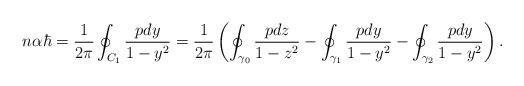
LaTeX: \begin{align*}n \alpha \hbar = \frac{1}{2 \pi}\oint_{ C_1} \frac {p dy} {1-y^2} = \frac {1}{2\pi}\left( \oint_{\gamma_0} \frac{p dz}{1-z^2} - \oint_{\gamma_1} \frac{p dy}{1-y^2} - \oint_{\gamma_2} \frac{p dy}{1-y^2} \right). \end{align*}